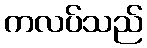
ကလပ်သည်